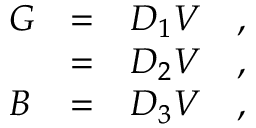
\begin{array} { l l l } { { \d G } } & { { = } } & { { { \cal D } _ { 1 } { \cal V } ~ ~ ~ , } } \\ { { \d H } } & { { = } } & { { { \cal D } _ { 2 } { \cal V } ~ ~ ~ , } } \\ { { \d B } } & { { = } } & { { { \cal D } _ { 3 } { \cal V } ~ ~ ~ , } } \end{array}